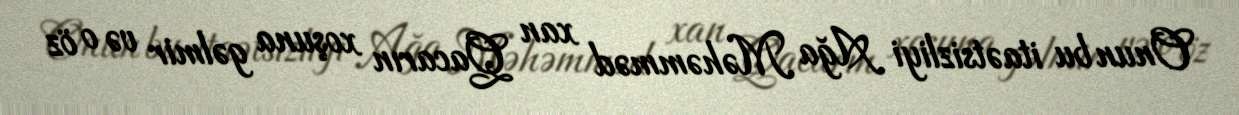
Onun bu itaətsizliyi Ağa Məhəmməd xan Qacarın xoşuna gəlmir və o öz